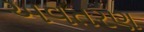
અવતરણ